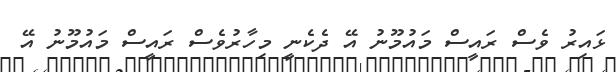
ޅައިރު ވެސް ރައީސް މައުމޫނު އޭ ދެކެނީ މިހާރުވެސް ރައީސް މައުމޫނު އޭ